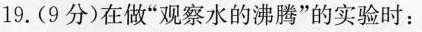
19.(9分)在做”观察水的沸腾”的实验时：